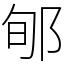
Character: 郇